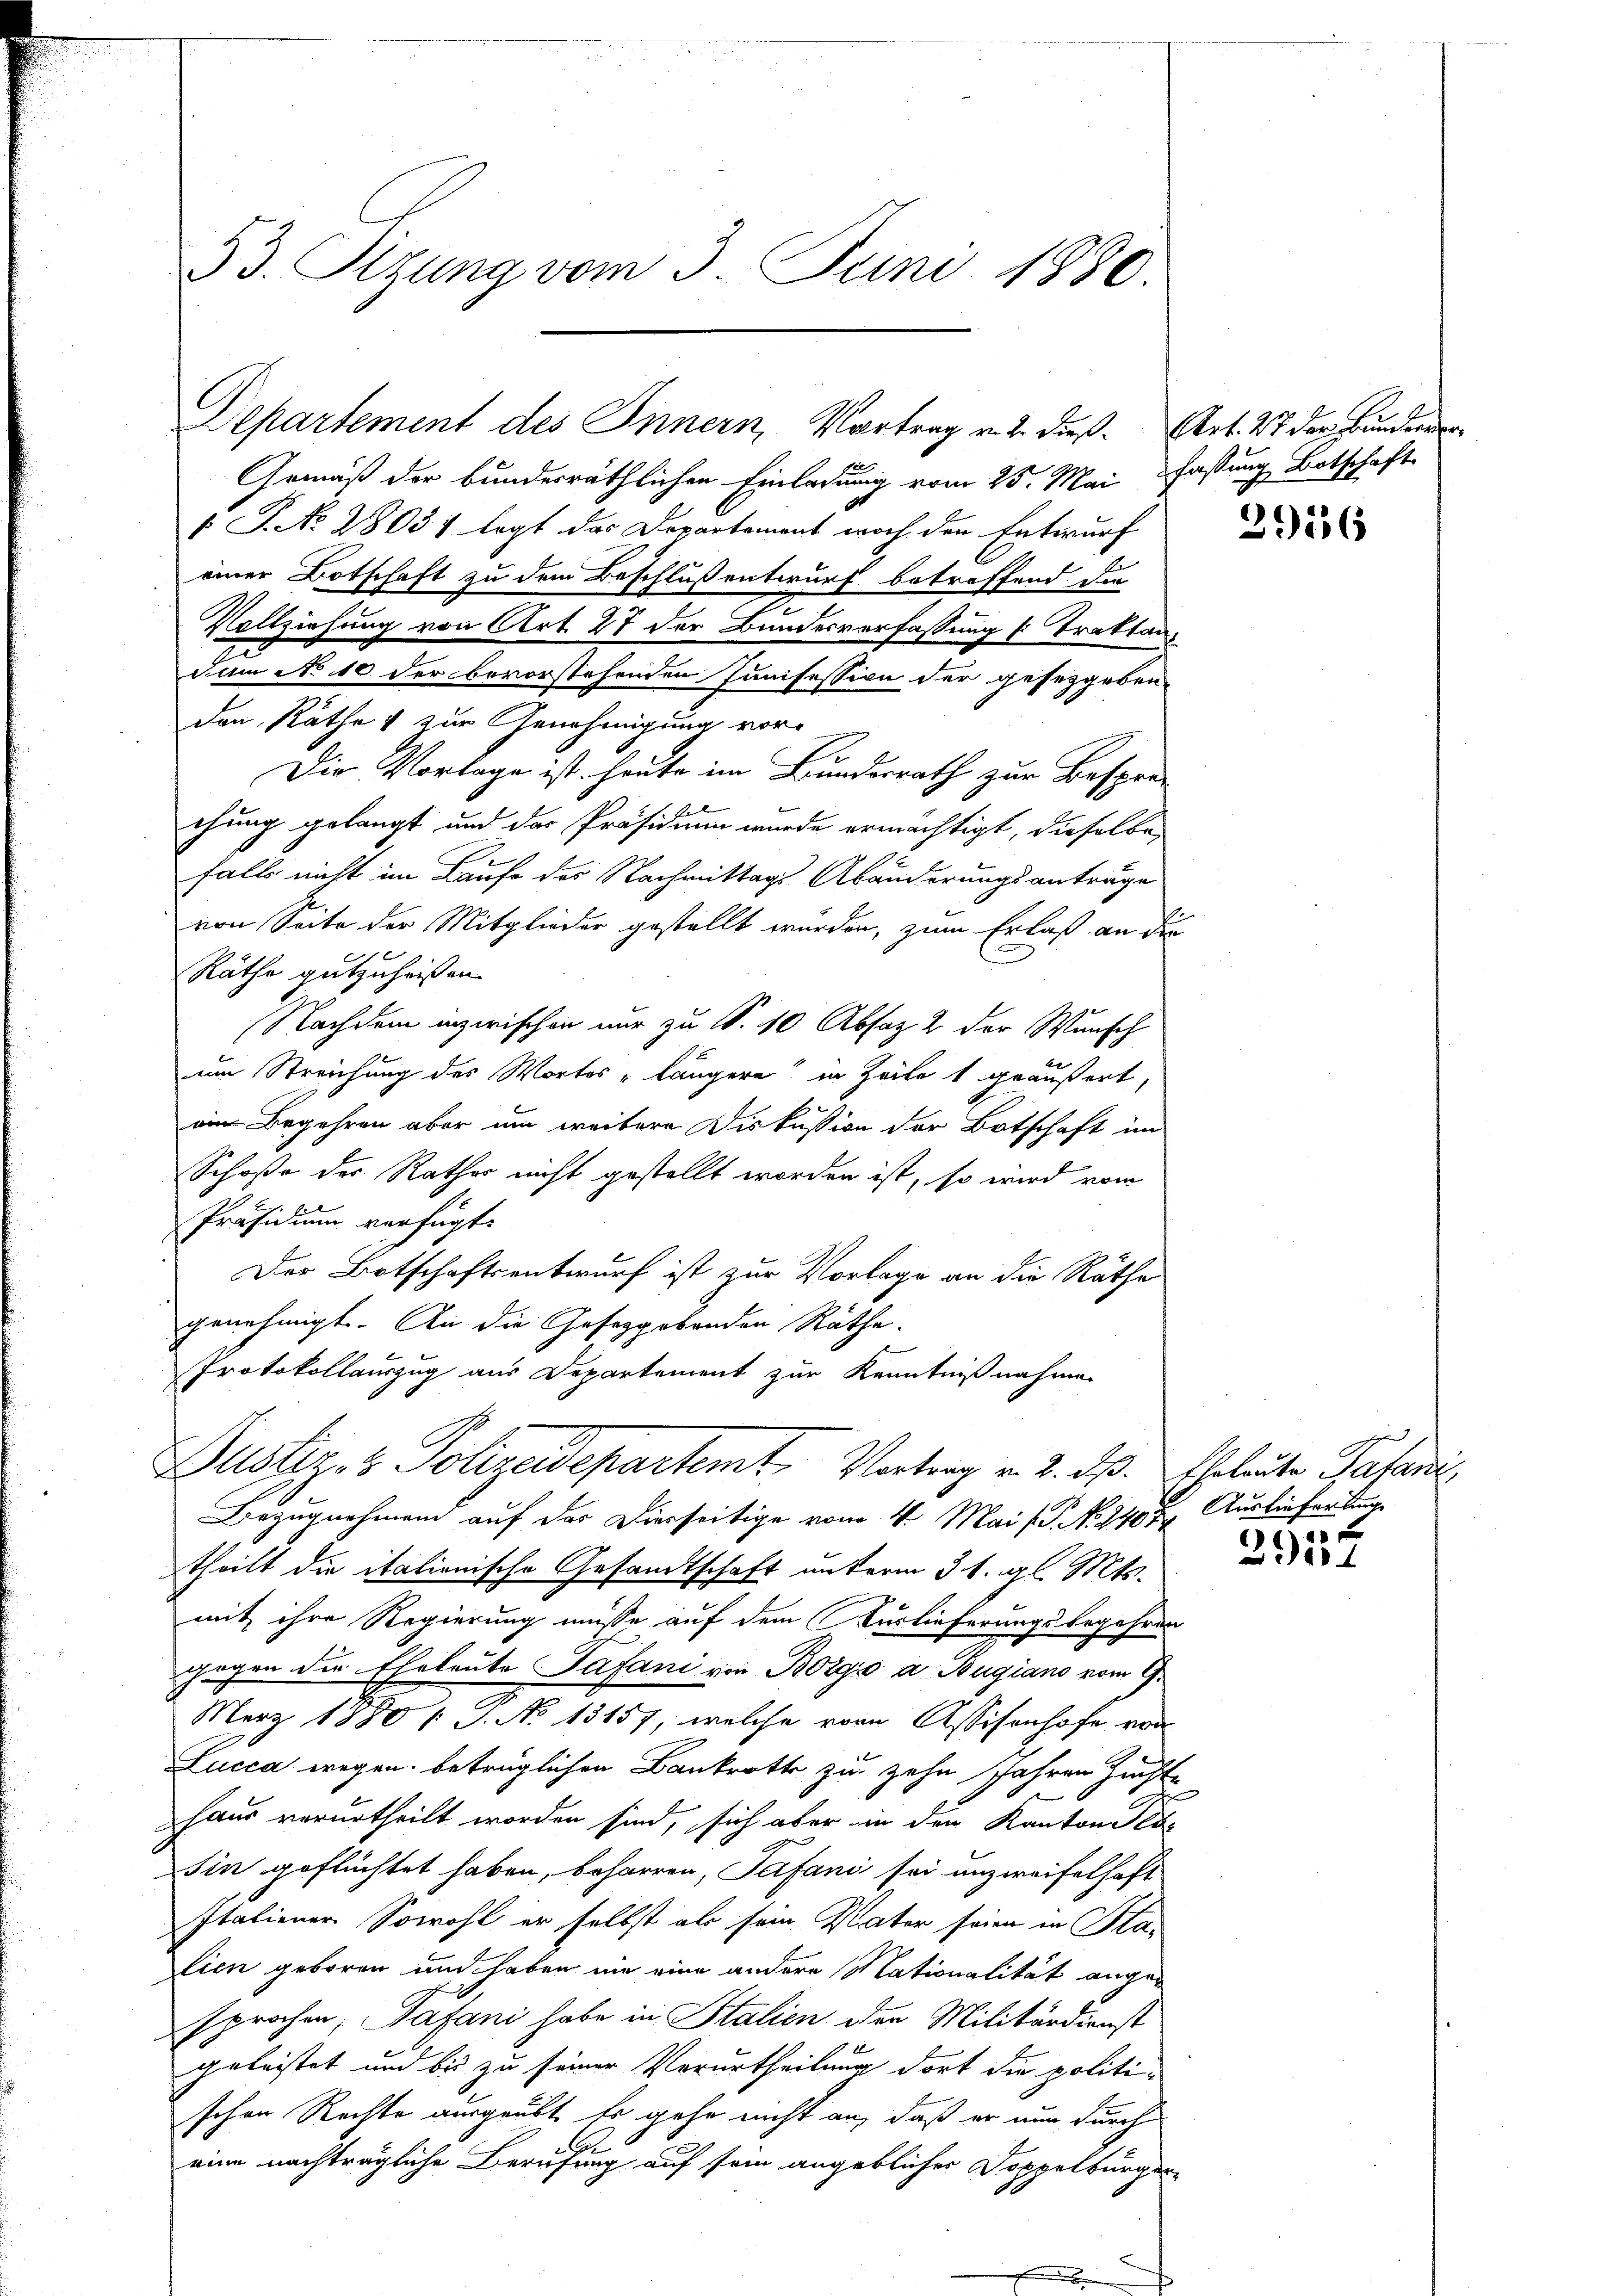
53. Sitzung vom 3. Juni 1880.

Departement des Innern, Vortrag v. 2. dieß. Art. 47 der Bunderer¬

P. No 28037 legt das Departement noch den Entwurf
einer Botschaft zu dem Beschluß entwurf betreffend die
2
Vollziehung von Art. 27 der Bundesverfassung s. Traktan¬
Jum No 10 der bevorstehenden Junifession der gesetzgeben-
den Räthe & zur Genehmigung vor-
Die Vorlage ist heute im Bundesrath zur Bespre-
e
chung gelangt und das Präsidium wurde ermächtigt, dieselbe
falls nicht im Laufe des Nachmittags Abänderungsantrage
von Seite der Mitglieder gestellt wurden, zum Erlaß an die
Räthe gutzuheissen.
Nachdem inzwischen nur zu S. 10 Absaz 2 der Wunsch
um Streichung des Wortes längere in Zeile 1 geäußert,
in Begehren aber um weitere Diskussion der Botschaft im
Schoße des Rathes nicht gestellt worden ist, so wird vom
Präsidium verfügt:
Der Botschaftsentwurf ist zur Vorlage an die Räthe
genehmigt. An die Gesetzgebenden Räthe.
Protokollauszug aus Departement zur Kenntnißnahmen

Justiz- & Polizeidepartemt, Vortrag v. 2. dß. Eheleute Patendig
Bezugnahmend auf der Dierseitige vom 4. Mai G. No. 1407. Auslieferung

theilt die italionische Gesandtschaft unterm 31. gl. Mts.
g
mit ihre Regierung müsse auf dem Verlieferungsbegehren
gegen die Eheleute Pufani von Borgio a Bugiano vom 9.
März 1880 1 S. No 13157, welche von Assisonhofe von
Lucca wegen betrüglichen Bankrotte zu zehn Jahren Zuchte
b
haus verurtheilt worden sind, sich aber in den Kantonsbe
Ein geflüchtet haben, beharren, Tefani sei unzweifelhaft
Italiener. Sowohl er selbst als sein Vater seien in Plan
lien geboren und haben nie eine andere Mationalität angesprochen, Gasani habe in Italien der Militärdienst
geleistet und bis zu seiner Verurtheilung dort die politischen Rechte ausgeübt. Es gehe nicht an, daß er nur durch
b
eine nachträgliche Berufung auf sein angeblicher Doppelbürger-

Gemäß der bundesräthlichen Einladung vom 25. Mai fassung Botschaft

29136

4
)
.

e